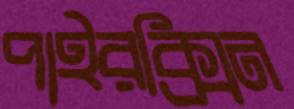
পাইরক্সিন